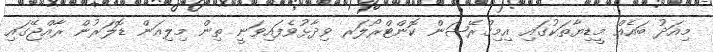
މިއަދު ބައެއް މީޑިޔާތަކުގައި އިމިގްރޭޝަން ކޮންޓްރޯލަރ ވިދާޅުވެފައިވަނީ ތިން މިލިއަން ޑޮލަރުން ރާއްޖޭގައި